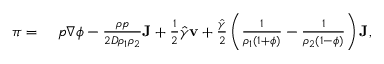
\begin{array} { r l } { \boldsymbol { \pi } = } & { { } ~ p \nabla \phi - \frac { \rho p } { 2 D \rho _ { 1 } \rho _ { 2 } } \mathbf { J } + \frac { 1 } { 2 } \hat { \gamma } \mathbf { v } + \frac { \hat { \gamma } } { 2 } \left( \frac { 1 } { \rho _ { 1 } ( 1 + \phi ) } - \frac { 1 } { \rho _ { 2 } ( 1 - \phi ) } \right) \mathbf { J } , } \end{array}